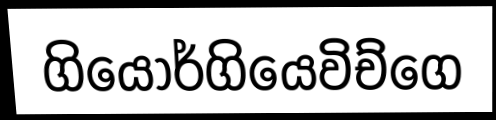
ගියොර්ගියෙවිච්ගෙ